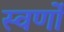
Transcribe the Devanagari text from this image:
स्वर्णों